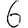
Digit: 6